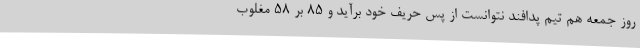
روز جمعه هم تیم پدافند نتوانست از پس حریف خود برآید و 85 بر 58 مغلوب